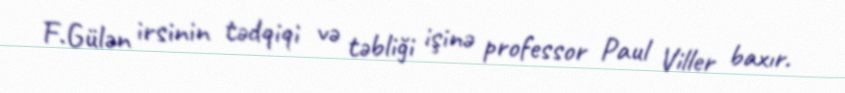
F.Gülən irsinin tədqiqi və təbliği işinə professor Paul Viller baxır.